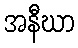
အနီဃာ